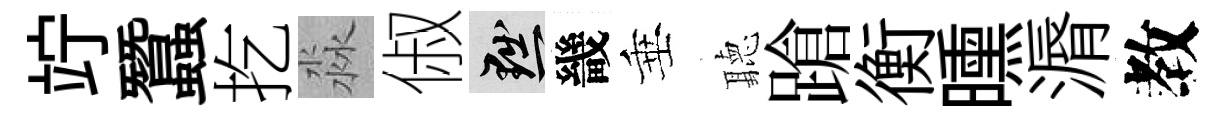
竚蠶扢淼俶黜畿垂聽蹌衡曛漘教